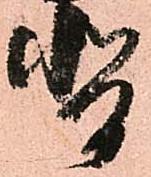
背